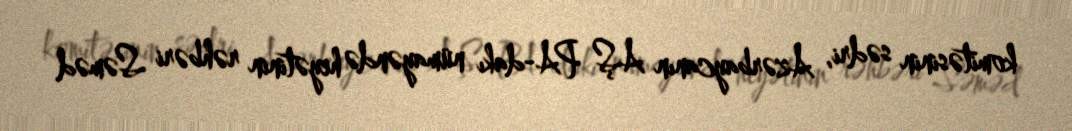
komitəsinin sədri, Azərbaycanın AŞ PA-dakı nümayəndə heyətinin rəhbəri Səməd